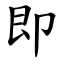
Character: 即